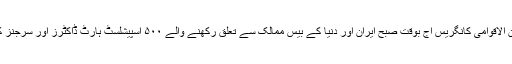
کہا گیا ہے ؛ ایران و یورپین ہارٹ ڈاکٹرز کی دوسری بین الاقوامی کانگریس آج بوقت صبح ایران اور دنیا کے بیس ممالک سے تعلق رکھنے والے ۵۰۰ اسپیشلسٹ ہارٹ ڈاکٹرز اور سرجنز کی موجودگی میں رضوی ہسپتال کے اندر منعقد کی گئی۔